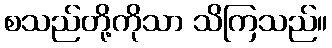
စသည်တို့ကိုသာ သိကြသည်။